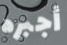
أجبره